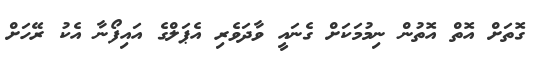
ގޮތަށް އޮތް އޮތުން ނިމުމަކަށް ގެނައީ ވާދަވެރި އެޕަލްގެ އައިފޯނާ އެކު ރޭހަށް